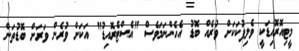
މީޓިއޮރޮއިޑަކީ ވެލިފުކަކަށް ވުރެއް ބޮޑު އެހެންނަމަވެސް "އެސްޓެރޮއިޑު" އަކަށް ވުރެން ވަރަށް ބޮޑުތަން